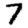
Digit: 7